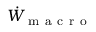
\dot { W } _ { \mathrm { ~ m ~ a ~ c ~ r ~ o ~ } }